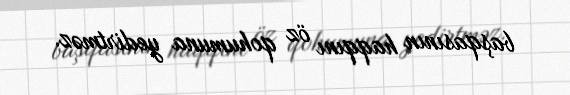
başqasının haqqını öz qohumuna yedirtməz.